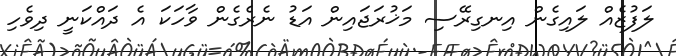
ލަފުޒެއް ލައިގެން އިނގިރޭސި މަޚުރަޖައިން އަޑު ނެރެގެން ވާހަކަ އެ ދައްކަނީ ދިވެހި